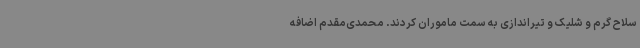
سلاح گرم و شلیک و تیراندازی به سمت ماموران کردند. محمدی‌مقدم اضافه